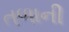
તળાની